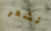
نشعر